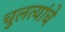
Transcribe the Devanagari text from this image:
चुलत्यांचे